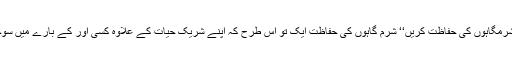
’’اور اپنی شرمگاہوں کی حفاظت کریں‘‘ شرم گاہوں کی حفاظت ایک تو اس طرح کہ اپنے شریک حیات کے علاوہ کسی اور کے بارے میں سوچیں بھی نا۔